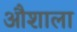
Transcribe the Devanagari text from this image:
औशाला